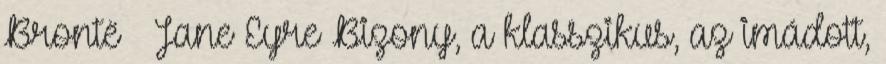
Brontë – Jane Eyre Bizony, a klasszikus, az imádott,